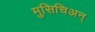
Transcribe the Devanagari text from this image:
मुसिचिअन्